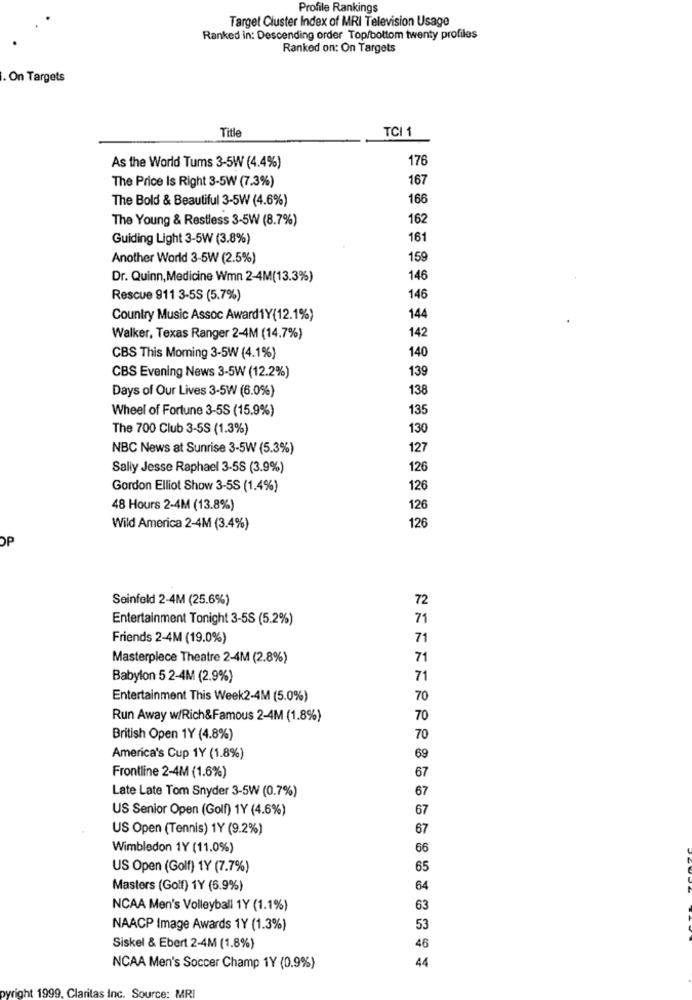
Profile Rankings
Target Cluster Index of MRI Television Usage
Ranked in: Descending order Top/bottom twenty profiles
Ranked on: On Targets
On Targets
Title
TCI 1
176
As the World Tums 3-5W (4.4%)
The Price Is Right 3-5W (7.3%)
167
The Bold & Beautiful 3-5W (4.6%)
166
The Young & Restless 3-5W (8.7%)
162
Guiding Light 3-5W (3.8%)
161
Another World 3-5W (2.5%)
159
Dr. Quinn,Medicine Wmn 2-4M(13.3%)
146
Rescue 911 3-5S (5.7%)
146
Country Music Assoc Award1Y(12.1%)
144
Walker, Texas Ranger 2-4M (14.7%)
142
140
CBS This Morning 3-5W (4.1%)
CBS Evening News 3-5W (12.2%)
139
Days of Our Lives 3-5W (6.0%)
138
Wheel of Fortune 3-5S (15.9%)
135
The 700 Club 3-5S (1.3%)
130
NBC News at Sunrise 3-5W (5.3%)
127
Sally Jesse Raphael 3-58 (3.9%)
126
Gordon Elliot Show 3-5S (1.4%)
126
48 Hours 2-4M (13.8%)
126
Wild America 2-4M (3.4%)
126
OP
Seinfeld 2-4M (25.6%)
72
Entertainment Tonight 3-5S (5.2%)
71
Friends 2-4M (19.0%)
71
Masterpiece Theatre 2-4M (2.8%)
71
Babylon 5 2-4M (2.9%)
71
Entertainment This Week2-4M (5.0%)
70
Run Away w/Rich&Famous 2-4M (1.8%)
70
British Open 1Y (4.8%)
70
America's Cup 1Y (1.8%)
69
Frontline 2-4M (1.6%)
67
Late Late Tom Snyder 3-5W (0.7%)
67
US Senior Open (Golf) 1Y (4.6%)
67
US Open (Tennis) 1Y (9.2%)
67
Wimbledon 1Y (11.0%)
66
US Open (Golf) 1Y (7.7%)
65
Masters (Golf) 1Y (6.9%)
64
NCAA Men's Volleyball 1Y (1.1%)
63
NAACP Image Awards 1Y (1.3%)
53
Siskel & Ebert 2-4M (1.8%)
46
NCAA Men's Soccer Champ 1Y (0.9%)
44
MRI
pyright 1999, Claritas Inc. Source: